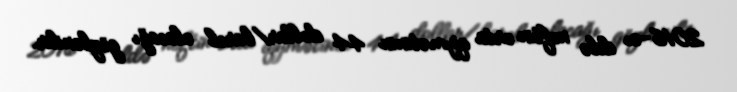
2016-cı ildə neftin orta qiymətinin 44 dollar/barel olacağı gözlənilir.